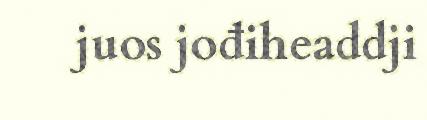
juos jođiheaddji